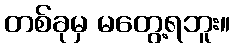
တစ်ခုမှ မတွေ့ရဘူး။